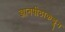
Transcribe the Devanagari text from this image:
ज्ञानपीठाकडून